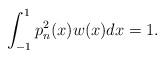
LaTeX: \begin{align*}\int^1_{-1} p^2_n(x)w(x)dx=1.\end{align*}